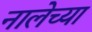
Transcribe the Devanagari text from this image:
नालेच्या